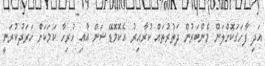
އަދި ފާހަގަކޮށްލަން މެންބަރުން ދަތުރުތައް ކުރާއިރު އެކޮމޮޑޭޝަން އާއި ހުރިހާ ކަމަކަށް ހަރަދުކުރަނީ